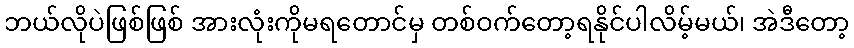
ဘယ်လိုပဲဖြစ်ဖြစ် အားလုံးကိုမရတောင်မှ တစ်ဝက်တော့ရနိုင်ပါလိမ့်မယ်၊ အဲဒီတော့